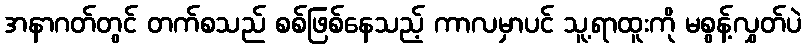
အနာဂတ်တွင် တက်စသည် စစ်ဖြစ်နေသည့် ကာလမှာပင် သူ့ရာထူးကို မစွန့်လွှတ်ပဲ